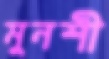
মুনশী